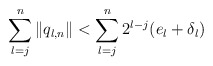
\begin{align*} \sum_{l=j}^n \| q_{l,n}\| < \sum_{l=j}^n 2^{l-j} (e_l+\delta_l)\end{align*}